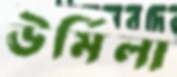
ঊর্মিলা